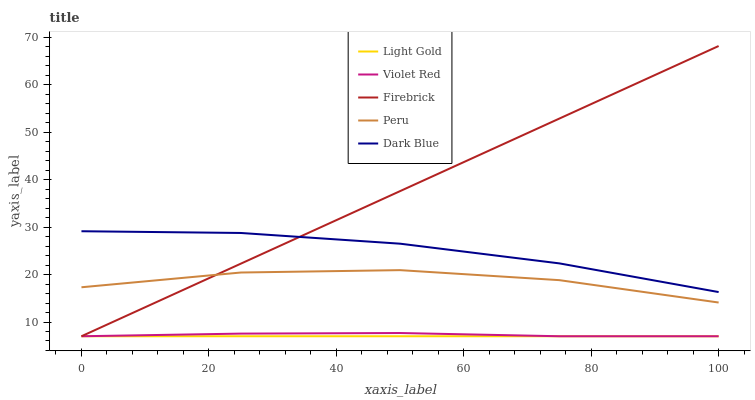
| xaxis_label | Light Gold | Violet Red | Firebrick | Peru | Dark Blue |
 | --- | --- | --- | --- | --- | --- |
 | 0 | 7 | 7 | 7 | 17.3 | 29.1 |
 | 25 | 7 | 7.56 | 22.3 | 20.4 | 28.8 |
 | 50 | 7 | 7.68 | 37.6 | 20.9 | 26.5 |
 | 75 | 7 | 7 | 52.9 | 18.8 | 22.4 |
 | 100 | 7 | 7 | 68.2 | 14.1 | 16.3 |